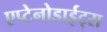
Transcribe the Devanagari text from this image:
एप्टेनोडाईट्स